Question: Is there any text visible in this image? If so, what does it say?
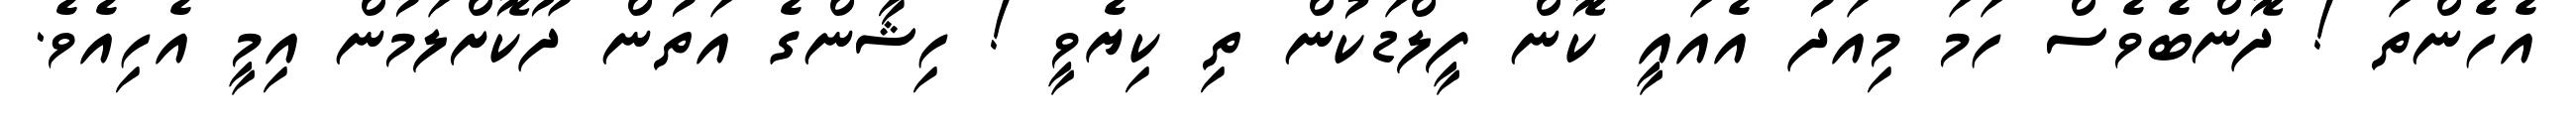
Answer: އެހެންތަ ! ދޮންބެވެސް ހަމަ މިއަދު އެއައީ ކޮން ފީލްޑަކުން ތި ކިޔެވީ ! ހިޝާންގެ އަތުން ދޫކޮށްލަމުން އިމީ އެހިއެވެ.